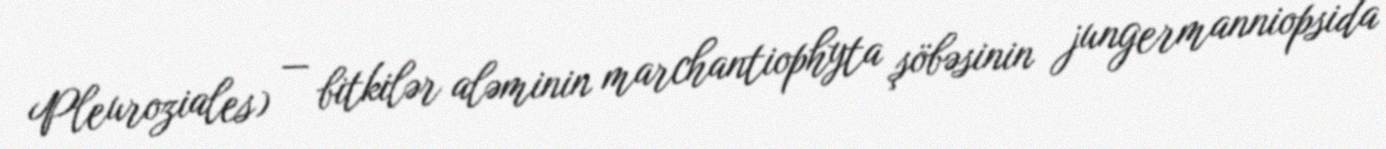
Pleuroziales) — bitkilər aləminin marchantiophyta şöbəsinin jungermanniopsida